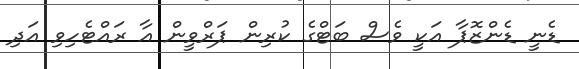
ޑެނީ ޑެންޒޮޕާ އަކީ ވެސް ބަޓްގެ ކުރިން ޕަރްވީން އާ ރައްޓެހިވި އަދި